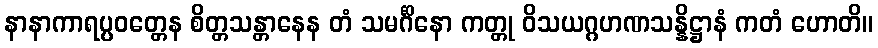
နာနာကာရပ္ပဝတ္တေန စိတ္တသန္တာနေန တံ သမင်္ဂိနော ကတ္တု ဝိသယဂ္ဂဟဏသန္နိဋ္ဌာနံ ကတံ ဟောတိ။